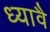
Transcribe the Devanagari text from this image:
ध्यावै